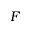
F